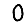
Digit: 0